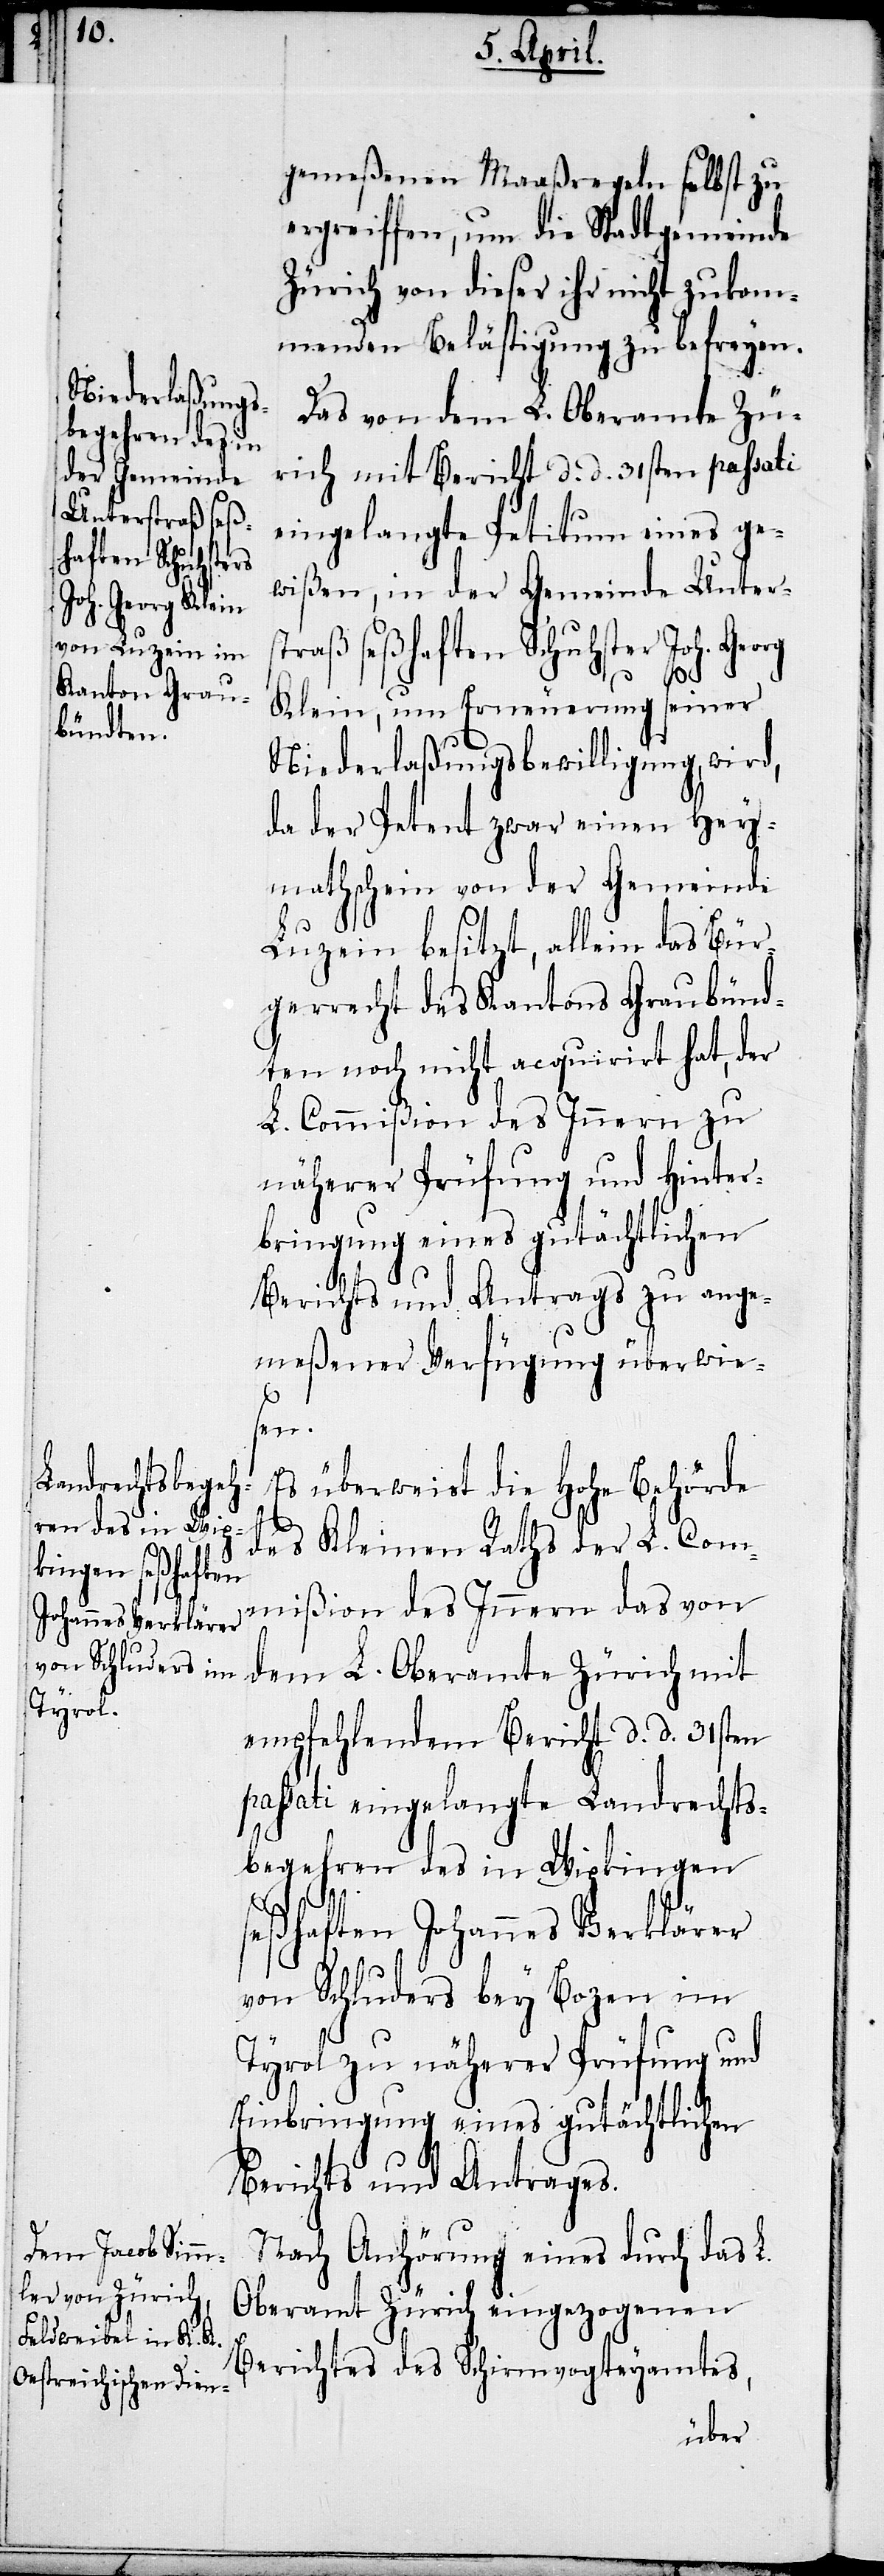
gemeßenen Maaßregeln selbst zu
ergreiffen, um die Stadtgemeinde
Zürich von dieser ihr nicht zukom¬
menden Belästigung zu befreyen.
Das von dem L. Oberamte Zü¬
rich mit Bericht d. d. 31sten passati
eingelangte Petitum eines ge¬
wißen, in der Gemeinde Unters¬
traß seßhaften Schuhster Joh. Georg
Klein, um Erneuerung seiner
Niederlaßungsbewilligung, wird,
da der Petent zwar einen Hey¬
mathschein von der Gemeinde
Luzern besitzt, allein das Bür¬
gerrecht des Kantons Graubünd¬
ten noch nicht acquirirt hat, der
L. Commißion des Innern zu
näherer Prüfung und Hinter¬
bringung eines gutächtlichen
Berichts und Antrags zu ange¬
meßener Verfügung überwie¬
sen.
Es überweist die Hohe Behörde
des Kleinen Raths der L. Com¬
mißion des Innern das von
dem L. Oberamte Zürich mit
empfehlendem Bericht d. d. 31sten
passati eingelangte Landrechts¬
begehren des in Wipkingen
seßhaften Johannes Verklärer
von Schluders bey Bozen im
Tyrol zu näherer Prüfung und
Einbringung eines gutächtlichen
Berichts und Antrages.
Nach Anhörung eines durch das L.
Oberamt Zürich eingezogenen
Berichtes des Schirmvogteyamtes,